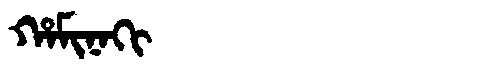
Manchu: ᡥᠠᠮᡳᠨᠠᡴᡳ
Romanization: HAMINAKI